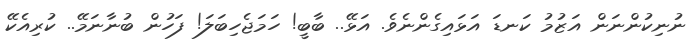
ނުނިކުންނަން އަޒުމު ކަނޑަ އަޅައިގެންނެވެ. އަޅޭ.. ބާބީ! ހަމަޖެހިބަލަ! ފަހުން ބުނާނަމޭ.. ކުރިއެކޭ